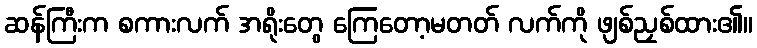
ဆန်ကြီးက စကားလက် အရိုးတွေ ကြေတော့မတတ် လက်ကို ဖျစ်ညှစ်ထား၏။